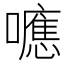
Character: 𭌃